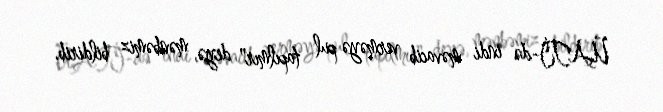
ÜATİ-də indi məvacib verməyə pul tapılmır" deyə, mənbəmiz bildirib.